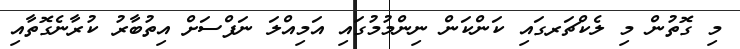
މި ގޮތުން މި ލެކްޗަރގައި ކަންކަން ނިންމުމުގައި އަމިއްލަ ނަފްސަށް އިތުބާރު ކުރާނެގޮތާއި